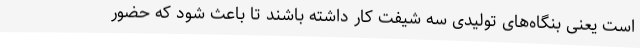
است یعنی بنگاه‌های تولیدی سه شیفت کار داشته باشند تا باعث شود که حضور